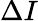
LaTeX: \Delta I